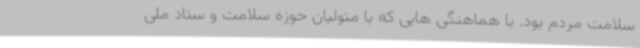
سلامت مردم بود. با هماهنگی هایی که با متولیان حوزه سلامت و ستاد ملی